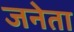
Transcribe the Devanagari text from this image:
जनेता